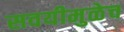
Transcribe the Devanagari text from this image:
सवयीमुळेच